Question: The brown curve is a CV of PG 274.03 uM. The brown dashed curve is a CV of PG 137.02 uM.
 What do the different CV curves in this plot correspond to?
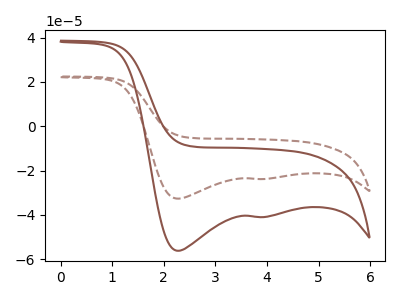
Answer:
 <answer>The brown curve is labeled "PG 274.03 uM". The brown dashed curve is labeled "PG 137.02 uM".</answer>
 <eval></eval>